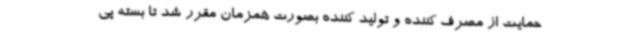
حمایت از مصرف کننده و تولید کننده بصورت همزمان مقرر شد تا بسته پی